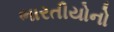
ભારતીયોનો